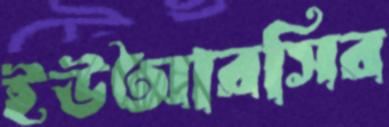
ইউআরসির